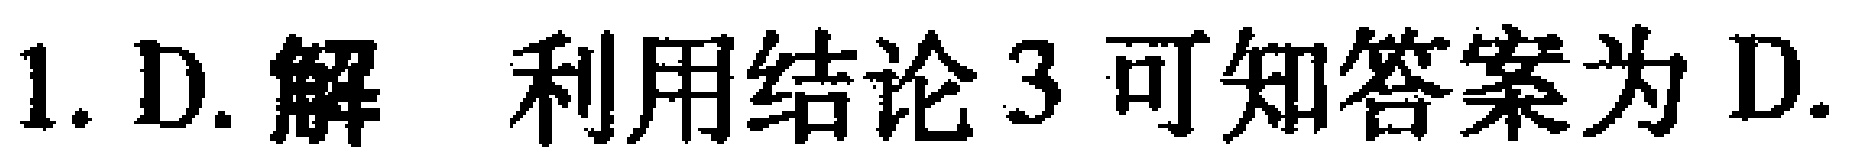
1. D. 解 利用结论 3 可知答案为 D.